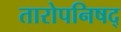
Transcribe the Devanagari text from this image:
तारोपनिषद्